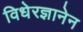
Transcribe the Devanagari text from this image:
विधेरज्ञानेन